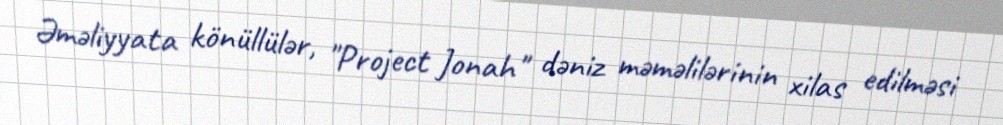
Əməliyyata könüllülər, "Project Jonah" dəniz məməlilərinin xilas edilməsi